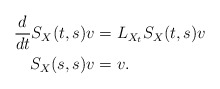
\begin{align*}\frac{d}{dt} S_X(t,s)v & = L_{X_t} S_X(t,s)v \\ S_X(s,s)v & = v. \end{align*}